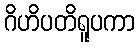
ဂိဟိပတိရူပကာ